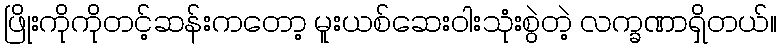
ဖြိုးကိုကိုတင့်ဆန်းကတော့ မူးယစ်ဆေးဝါးသုံးစွဲတဲ့ လက္ခဏာရှိတယ်။